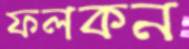
ফলকন